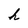
Character: h